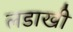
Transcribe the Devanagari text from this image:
लडाखी